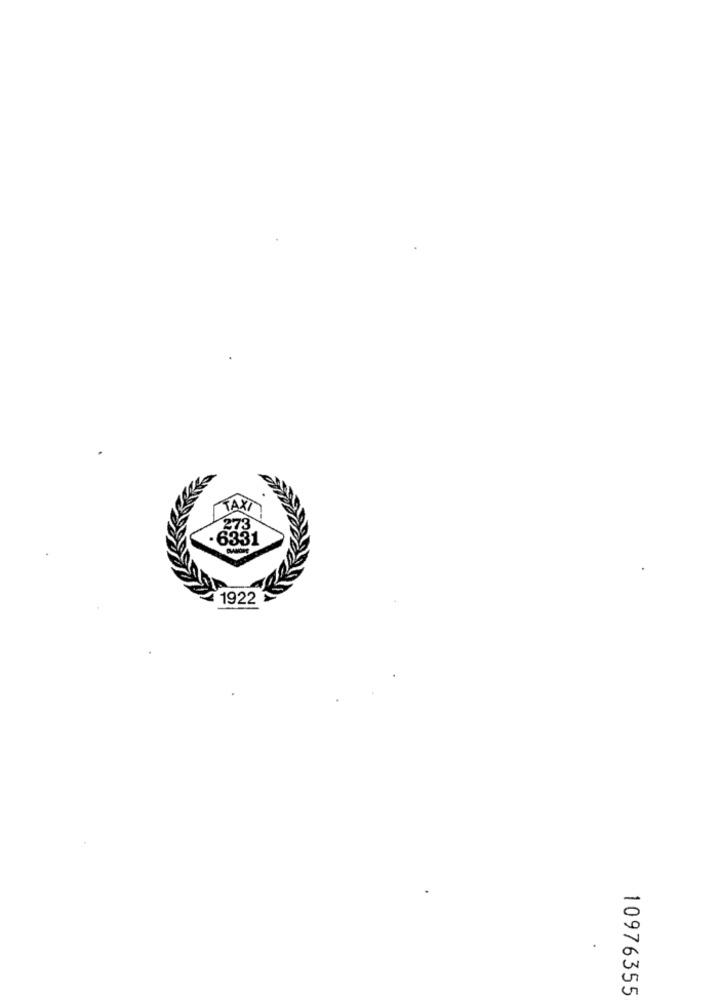
AXI
6331
1922
10976355